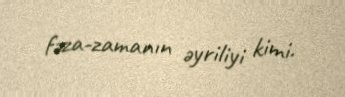
fəza-zamanın əyriliyi kimi.